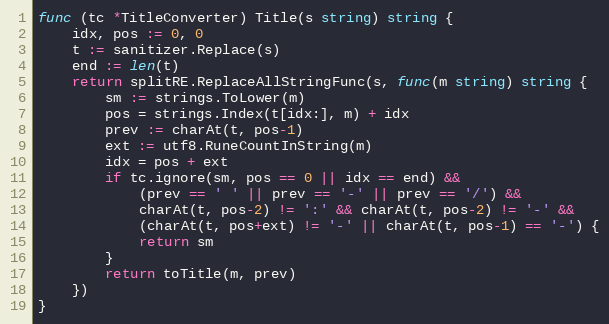
Language: Go
func (tc *TitleConverter) Title(s string) string {
	idx, pos := 0, 0
	t := sanitizer.Replace(s)
	end := len(t)
	return splitRE.ReplaceAllStringFunc(s, func(m string) string {
		sm := strings.ToLower(m)
		pos = strings.Index(t[idx:], m) + idx
		prev := charAt(t, pos-1)
		ext := utf8.RuneCountInString(m)
		idx = pos + ext
		if tc.ignore(sm, pos == 0 || idx == end) &&
			(prev == ' ' || prev == '-' || prev == '/') &&
			charAt(t, pos-2) != ':' && charAt(t, pos-2) != '-' &&
			(charAt(t, pos+ext) != '-' || charAt(t, pos-1) == '-') {
			return sm
		}
		return toTitle(m, prev)
	})
}